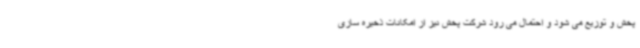
پخش و توزیع می شود و احتمال می رود شرکت پخش نیز از امکانات ذخیره سازی